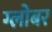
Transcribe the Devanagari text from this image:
ग्लोबर